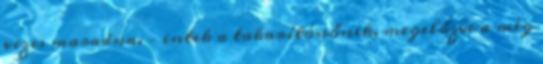
vizes maradna. – intek a takarítónőnek, megelőzve a még